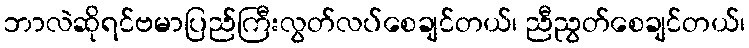
ဘာလဲဆိုရင်ဗမာပြည်ကြီးလွတ်လပ်စေချင်တယ်၊ ညီညွတ်စေချင်တယ်၊